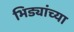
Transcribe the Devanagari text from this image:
भिड्यांच्या